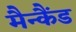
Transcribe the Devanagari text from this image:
मैन्कैंड